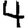
Digit: 4